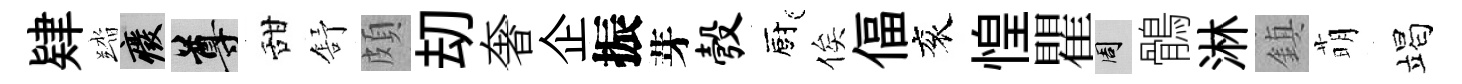
肄踏廢尊甜舒頗刧奢企振芽彀廚俟偪衮惶瞿周鶻淋鎮萌竭